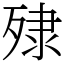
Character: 殔